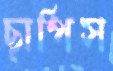
ছাপিস